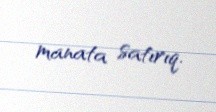
manata satırıq.